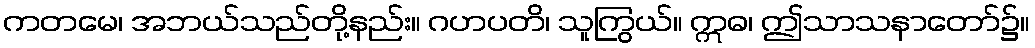
ကတမေ၊ အဘယ်သည်တို့နည်း။ ဂဟပတိ၊ သူကြွယ်။ ဣဓ၊ ဤသာသနာတော်၌။